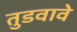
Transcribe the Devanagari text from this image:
तुडवावे